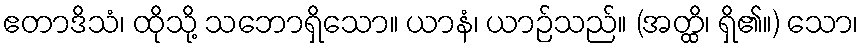
ဧတာဒိသံ၊ ထိုသို့ သဘောရှိသော။ ယာနံ၊ ယာဉ်သည်။ (အတ္ထိ၊ ရှိ၏။) သော၊